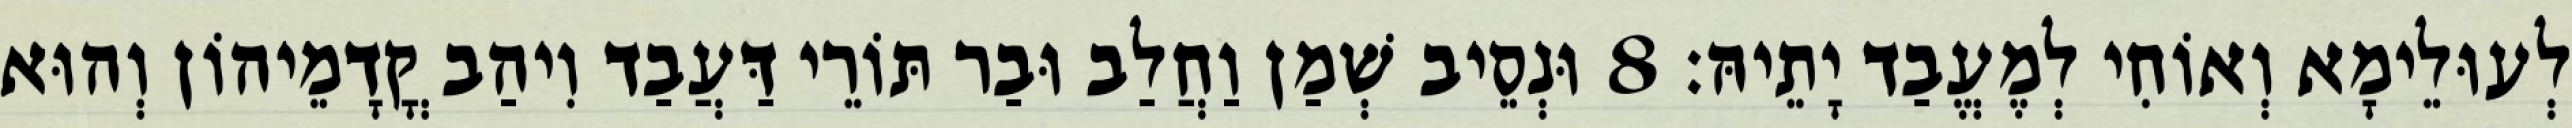
לְעוּלֵימָא וְאוֹחִי לְמֶעֱבַד יָתֵיהּ׃ 8 וּנְסֵיב שְׁמַן וַחֲלַב וּבַר תּוֹרֵי דַּעֲבַד וִיהַב קֳדָמֵיהוֹן וְהוּא